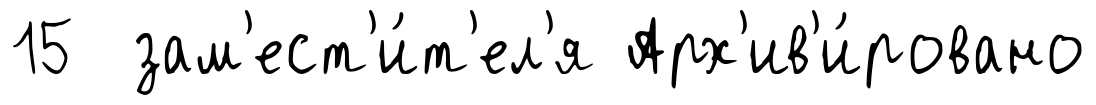
15 зам'ест'и́т'ел'я Арх'ив'и́ровано